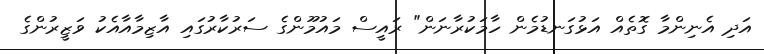
އަދި އެނިންމާ ގޮތެއް އަޅުގަނޑުމެން ހާމަކުރާނަން" ރައީސް މައުމޫންގެ ސަރުކާރުގައި އާޒިމާއާއެކު ވަޒީރުންގެ